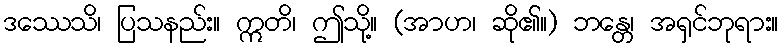
ဒဿေသိ၊ ပြသနည်း။ ဣတိ၊ ဤသို့။ (အာဟ၊ ဆို၏။) ဘန္တေ၊ အရှင်ဘုရား။